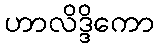
ဟာလိဒ္ဒိကော